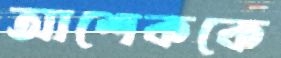
আশেককে